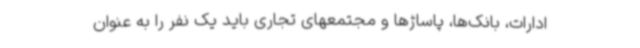
ادارات، بانک‌ها، پاساژها و مجتمعهای تجاری باید یک نفر را به عنوان